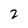
Character: 2